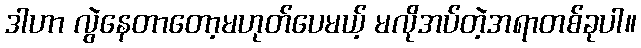
ဒါဟာ လွဲနေတာတော့မဟုတ်ပေမယ့် မလိုအပ်တဲ့အရာတစ်ခုပါ။